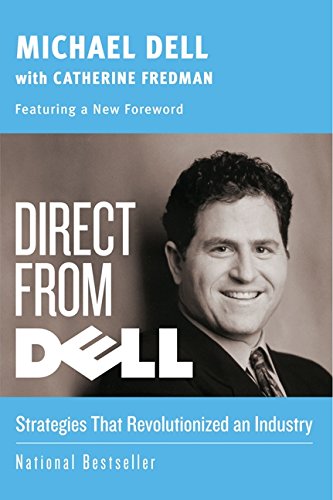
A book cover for Direct from Dell: Strategies that Revolutionized an Industry (Collins Business Essentials); Michael Dell; Computers & Technology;